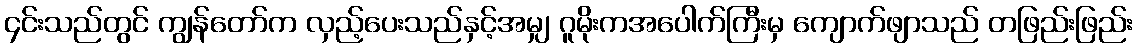
၄င်းသည်တွင် ကျွန်တော်က လှည့်ပေးသည်နှင့်အမျှ ဂူမိုးကအပေါက်ကြီးမှ ကျောက်ဖျာသည် တဖြည်းဖြည်း